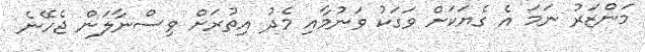
މަންޒަރު ނަމަ އެ ގެޔަކަށް ވަގަކު ވަނުމާއި މެދު އިތުރަށް ވިސްނާލަން ޖެހޭނެ